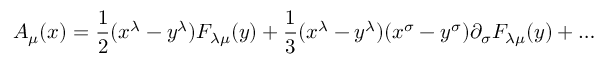
A _ { \mu } ( x ) = \frac { 1 } { 2 } ( x ^ { \lambda } - y ^ { \lambda } ) F _ { \lambda \mu } ( y ) + \frac { 1 } { 3 } ( x ^ { \lambda } - y ^ { \lambda } ) ( x ^ { \sigma } - y ^ { \sigma } ) \partial _ { \sigma } F _ { \lambda \mu } ( y ) + \ldots